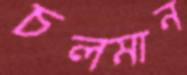
চলমান